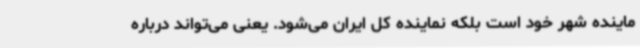
ماینده شهر خود است بلکه نماینده کل ایران می‌شود. یعنی می‌تواند درباره